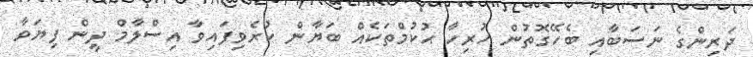
ދަރިންގެ ނަސަބާއި ބެހޭގޮތުން ހުރިހާ ޙުކުމްތަކެއް ބަޔާން ކުރެވިފައިވާ އިސްލާމް ދީން ފިޔަވާ